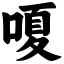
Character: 嗄